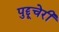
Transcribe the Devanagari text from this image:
पुद्दूचेरी